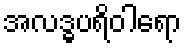
အလဒ္ဓပရိဝါရော